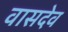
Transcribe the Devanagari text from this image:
वासदेव